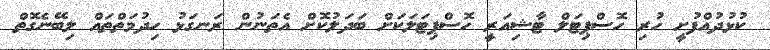
ކުޅުދުއްފުށީ ހުރި ހޮސްޕިޓަލް ޓާޝިއަރީ ހޮސްޕިޓަލަކަށް ބަދަލުކޮށް އެތަނުން ރަނގަޅު ހިދުމަތްތައް ލިބޭނެގޮތް